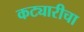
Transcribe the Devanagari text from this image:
कट्यारीचा